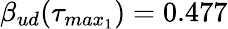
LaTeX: \beta_{ud}(\tau_{max_{1}})=0.477